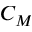
C _ { M }